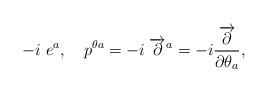
LaTeX: \begin{align*}-i\; e^a, \quad p^{\theta a} = -i\; \overrightarrow{\partial}^a= -i \frac{\overrightarrow{\partial}}{\partial \theta_a}, \end{align*}